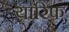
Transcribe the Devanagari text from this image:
यारिफ